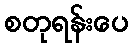
စတုရန်းပေ